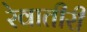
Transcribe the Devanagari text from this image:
रेवातीरी